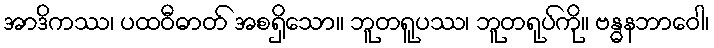
အာဒိကဿ၊ ပထဝီဓာတ် အစရှိသော။ ဘူတရူပဿ၊ ဘူတရုပ်ကို။ ဗန္ဓနဘာဝေါ၊